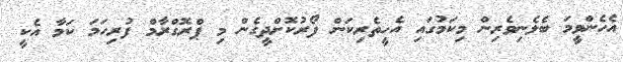
އެހެންވީމަ ބެލެނިވެރިން މިކަމުގައި އެހީތެރިކަން ފޯރުކޮށްދީގެން މި ޕްރޮގްރާމް ފުރިހަމަ ކަމާ އެކީ